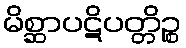
မိစ္ဆာပဋိပတ္တိဉ္စ